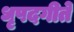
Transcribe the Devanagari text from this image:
धृपदगीते